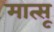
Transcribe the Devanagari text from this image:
मात्सू